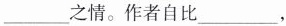
___之情。作者自比___，